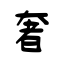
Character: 奢